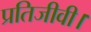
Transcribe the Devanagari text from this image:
प्रतिजीवी।